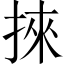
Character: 𢯦